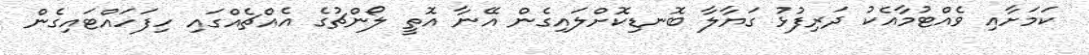
ކަމަށާއި ވެއްޓުމާއެކު ދަރިފުޅު ގަޔާލާ ބޮނޑިކޮށްލައިގެން އޭނާ އޮތީ ލޯންޗުގެ އެއްޗެއްގައި ހިފަހައްޓައިގެން